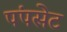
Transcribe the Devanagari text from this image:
पंपसेट